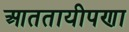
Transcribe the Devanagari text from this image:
आततायीपणा